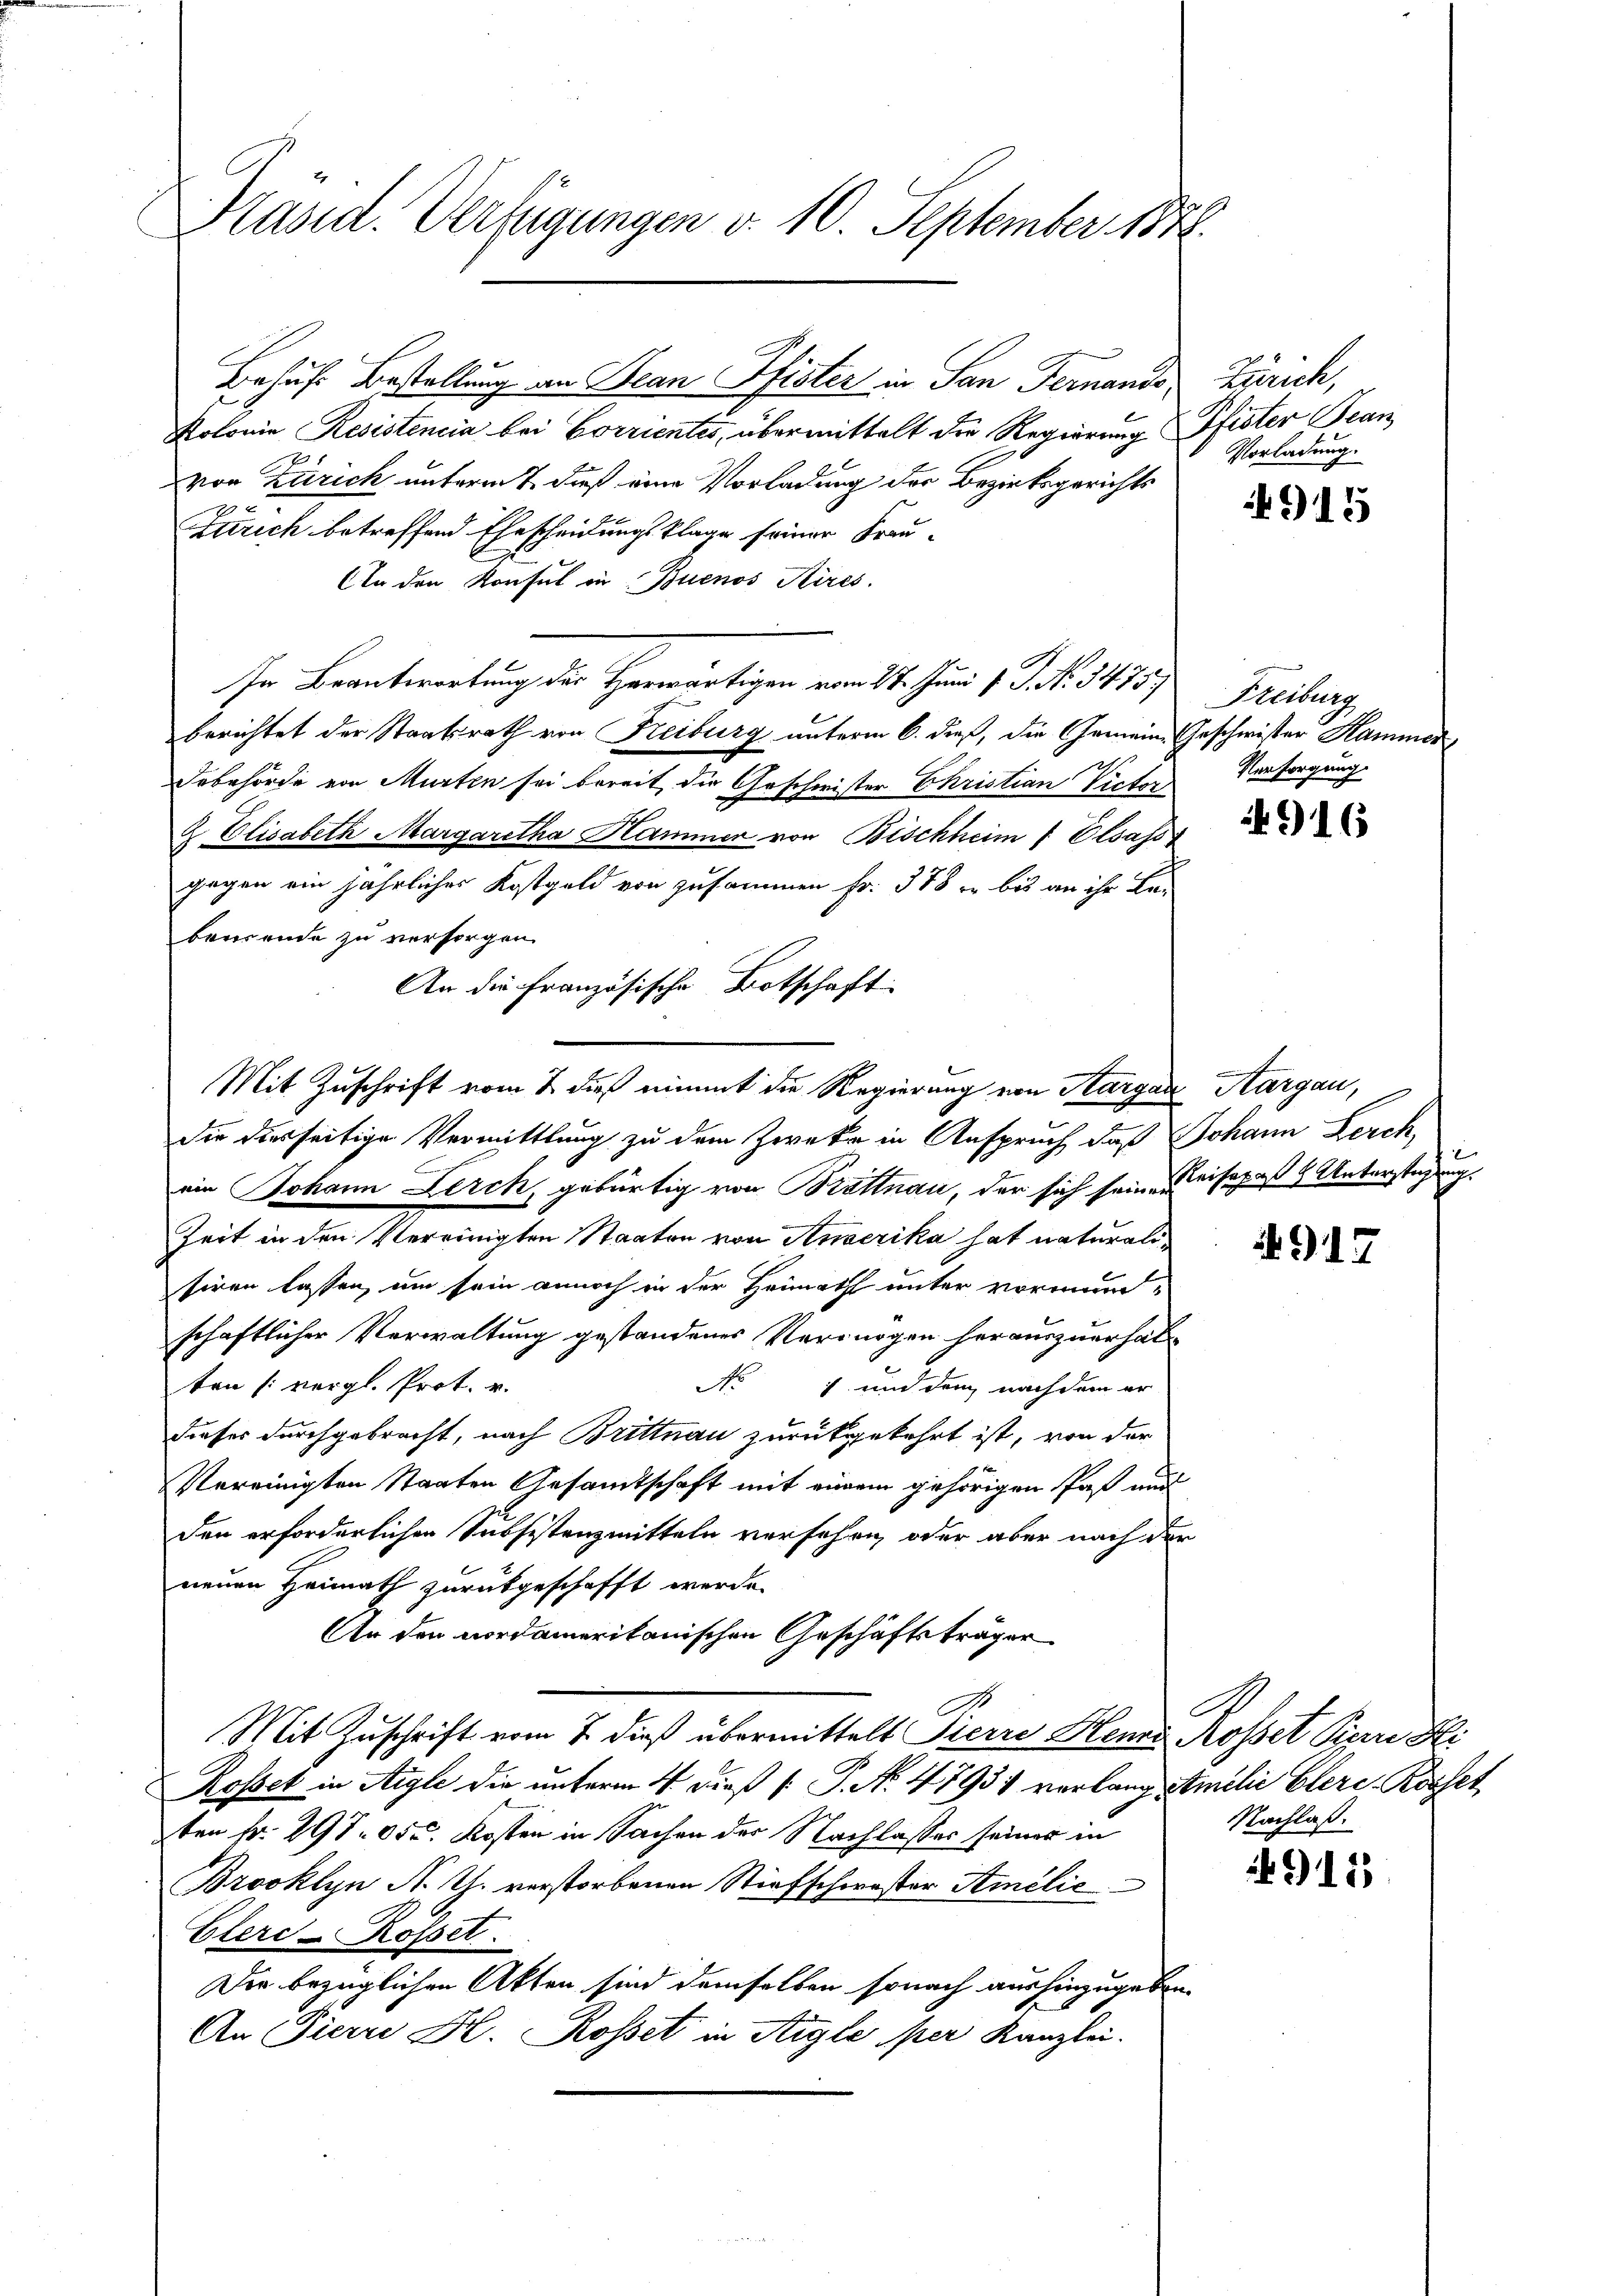
Präsid. Verfügungen d. 10. September 1878.

Behufs Bestellung an Jean Pfister in San Fernando¬
Kolonie Resistencia bei Corrientes, übermittelt die Regierung Pfister Fran
von Zürich unterm & dieß eine Vorladung der Bezirksgerichts
E
Zürich betreffend Ehescheidungsklage seiner Frau-
An den Konsul in Buenos Aires.
In Beantwortung des Herwärtigen vom 27. Juni v. J. No. 3475.
berichtet der Staatsrath von Freiburg unterm 6. dieß, die Gemeine Geschwister Hammer
Iebehörde von Murten sei bereit die Geschwister Christian Victor
& Elisabeth Margaretha Hammer von Bischheim  Elsass
gegen ein jährliches Kostgeld von zusammen Fr. 378 er bis an ihr La-
beusende zu versorgen.
An die Französische Botschaft:
Mit Zuschrift vom 2. dieß nimmt die Regierung von Aargau, Aargau,
die diesseitige Vermittlung zu dem Zwecke in Anspruch, daß Johann Lerch,
ein Johann Lerch, gebürtig von Brettnau, der sich seine Keisepaß & Unterstüzung
Zeit in den Vereinigten Staaten von Amerika hat naturalisiren lassen, um sein annoch in der Heimath unter vormund-
schaftlicher Verwaltung gestandenes Vermögen herauszuerhalten [vergl. Prot. v.
No 1 und den nachdem er
dieses durchgebracht, nach Brittnau zurückgekehrt ist, von der
Vereinigten Staaten Ansamtschaft mit einem gehörigen Paß und
den erforderlichen Subsistenzmitteln versehen, oder aber nach der
neuen Heimath zurückgeschafft werde.
An den vordamerikanischen Geschäftsträger
A
Mit Zuschrift vom 7. dieß übermittelt Pierre Heng Rosset Pipere Fli
Rosset in Aigle die unterm 4. dieß [ P. N. 4793 verlang Amilie Glere Rosset
ten fr. 297. 650. Kosten in Sachen der Nachlasses seiner in
Brooklyn N. Th. verstorbenen Stiefschwester Stmelić
Elerc-Rösset.
Die bezüglichen Akten sind demselben sonach aushinzugeben.
An Pierre Hr. Rosset in Aigle per Kanzlei.

Zürich,
Vorladung.

915

Freiburg
Versorgung

916

A 917

Nachlaß.

15